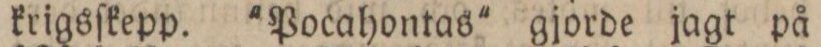
krigsſkepp. 'Pocahontas' gjorde jagt på